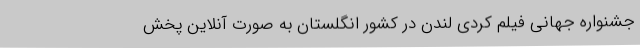
جشنواره جهانی فيلم کُردی لندن در کشور انگلستان به صورت آنلاین پخش